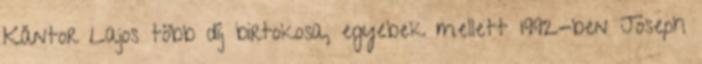
Kántor Lajos több díj birtokosa, egyebek mellett 1992-ben Joseph